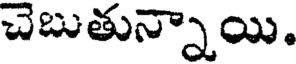
చెబుతున్నాయి.